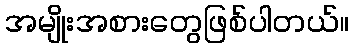
အမျိုးအစားတွေဖြစ်ပါတယ်။